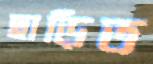
ছাড়িত